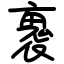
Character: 褢